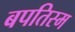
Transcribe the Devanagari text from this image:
बपतिस्म